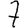
Digit: 7